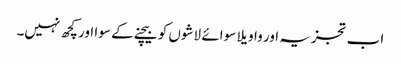
اب تجزیہ اور واویلا سوائے لاشوں کو بیچنے کے سوا اور کچھ نہیں۔